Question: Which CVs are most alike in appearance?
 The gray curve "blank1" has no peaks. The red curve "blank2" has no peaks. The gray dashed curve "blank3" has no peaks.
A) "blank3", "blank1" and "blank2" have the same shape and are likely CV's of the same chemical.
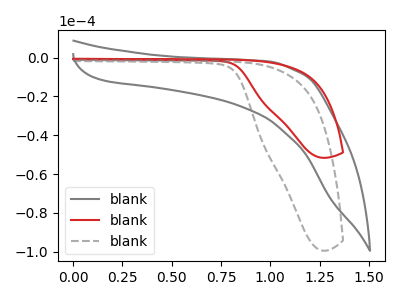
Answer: <think>Neither "blank1" or "blank2" have any peaks. Neither "blank1" or "blank3" have any peaks. Neither "blank2" or "blank3" have any peaks.
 </think>
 <answer>A) "blank3", "blank1" and "blank2" have the same shape and are likely CV's of the same chemical.</answer>
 <eval>A</eval>